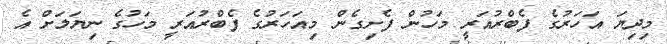
މިދިޔަ އަހަރުގެ ފެބްރުއަރީ މަހުން ފެށިގެން މިއަހަރުގެ ފެބްރުއަރީ މަހުގެ ނިޔަލަށް އެ